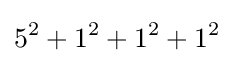
5^{2}+1^{2}+1^{2}+1^{2}